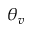
\theta _ { v }